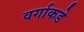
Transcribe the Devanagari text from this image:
वर्गाकडे